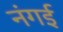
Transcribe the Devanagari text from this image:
नंगई